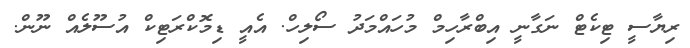
ރިޔާސީ ޓިކެޓް ނަގާނީ އިބްރާހިމް މުހައްމަދު ސޯލިހް. އެއީ ޑިމޮކްރަޓިކް އުސޫލެއް ނޫން.